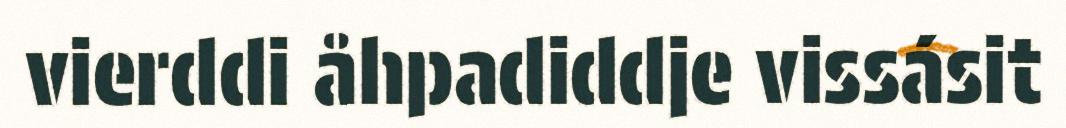
vierddi åhpadiddje vissásit